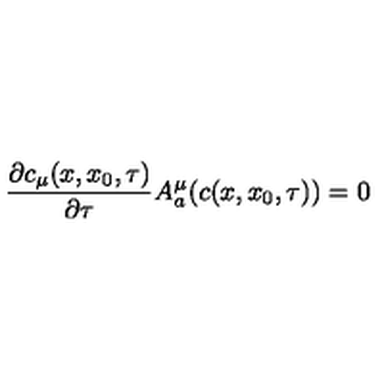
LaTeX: \frac { \partial c _ { \mu } ( x , x _ { 0 } , \tau ) } { \partial \tau } A _ { a } ^ { \mu } ( c ( x , x _ { 0 } , \tau ) ) = 0